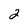
Character: 2